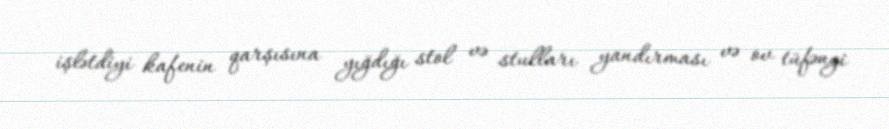
işlətdiyi kafenin qarşısına yığdığı stol və stulları yandırması və ov tüfəngi